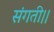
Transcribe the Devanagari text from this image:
संगती।।